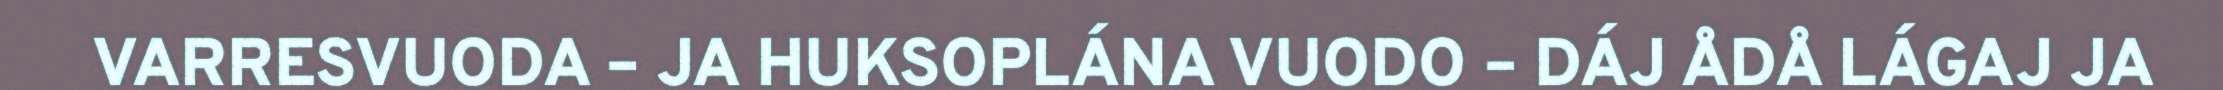
VARRESVUODA – JA HUKSOPLÁNA VUODO – DÁJ ÅDÅ LÁGAJ JA